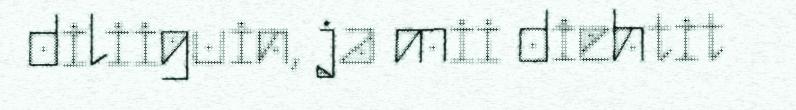
diliiguin, ja mii diehtit